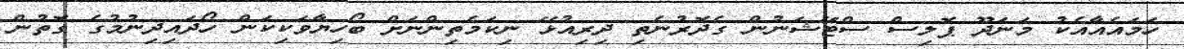
ހަމައެއާއެކު މަނަދޫ ޕޮލިސް ސްޓޭޝަނުން ގެދޮރުނެތި ދިރިއުޅޭ ނިކަމެތިންނަށް ބޯހިޔާވަކިކަން ހޯދައިދިނުމުގެ ގޮތުން